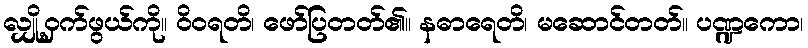
လျှို့ဝှက်ဖွယ်ကို။ ဝိဝရတိ၊ ဖော်ပြတတ်၏။ နဓာရေတိ၊ မဆောင်တတ်။ ပဏ္ဍကော၊